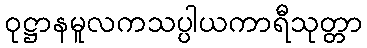
ဝုဋ္ဌာနမူလကသပ္ပါယကာရီသုတ္တာ